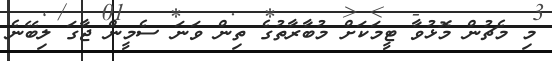
މި މެޗުން މޮޅުވާ ޓީމަކަށް މުބާރާތުގެ ތިން ވަނަ ސެމީން ޖާގަ ލިބޭނެ